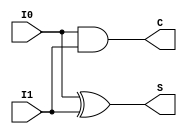
module ha (I0, I1, C, S);
input I0, I1;
output C;
output S;
xor G1 (S, I0, I1);
and G2 (C, I0, I1);
endmodule